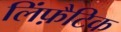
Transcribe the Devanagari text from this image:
लिंफ़ैटिक